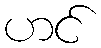
ဟင်